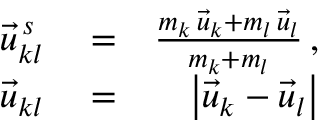
\begin{array} { r l r } { \vec { u } _ { k l } ^ { \, s } } & { { } = } & { \frac { m _ { k } \, \vec { u } _ { k } + m _ { l } \, \vec { u } _ { l } } { m _ { k } + m _ { l } } \, , } \\ { \vec { u } _ { k l } } & { { } = } & { \left| \vec { u } _ { k } - \vec { u } _ { l } \right| } \end{array}